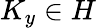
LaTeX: K_{y}\in H